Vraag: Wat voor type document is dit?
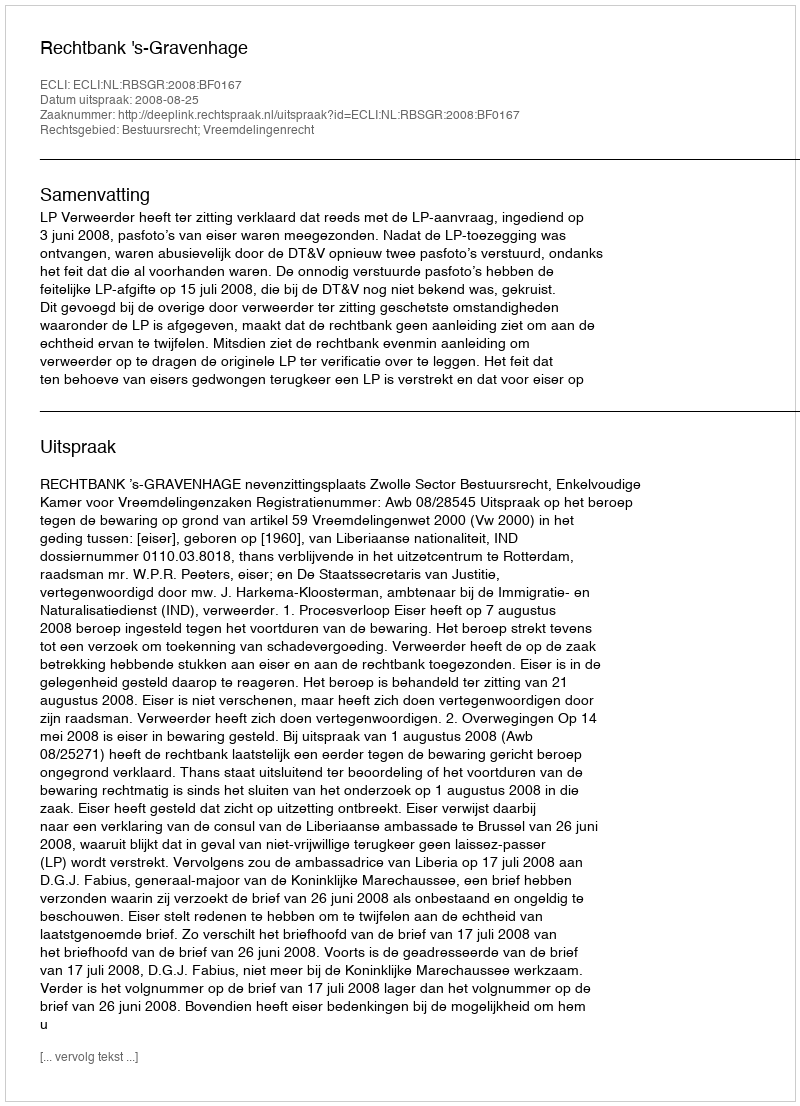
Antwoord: Uitspraak